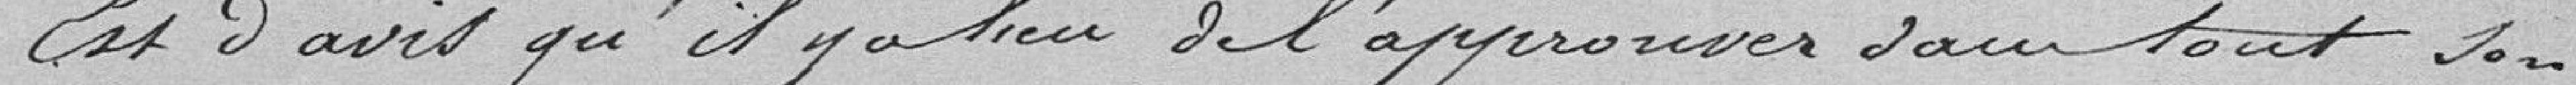
Est d'avis qu'il y a lieu de l'approuver dans tout son